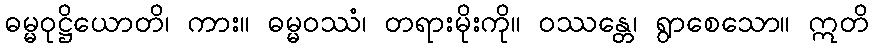
ဓမ္မဝုဋ္ဌိယောတိ၊ ကား။ ဓမ္မဝဿံ၊ တရားမိုးကို။ ဝဿန္တေ၊ ရွာစေသော။ ဣတိ